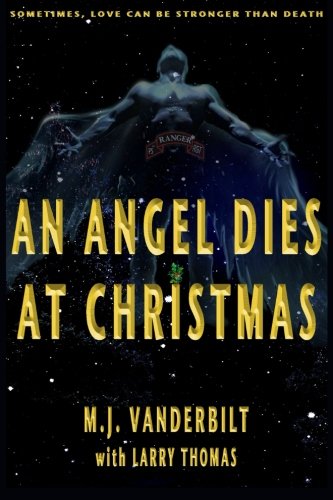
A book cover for An Angel Dies at Christmas; M J Vanderbilt; Christian Books & Bibles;